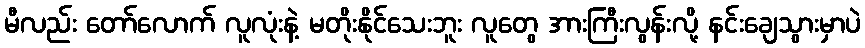
မီလည်း တော်လောက် လူလုံးနဲ့ မတိုးနိုင်သေးဘူး လူတွေ အားကြီးလွန်းလို့ နင်းချေသွားမှာပဲ